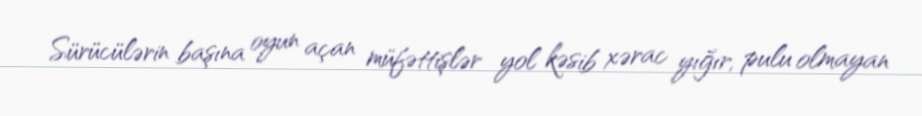
Sürücülərin başına oyun açan müfəttişlər yol kəsib xərac yığır, pulu olmayan